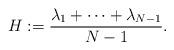
LaTeX: \begin{align*}H:=\frac{\lambda_1+\dots+\lambda_{N-1}}{N-1}.\end{align*}